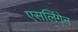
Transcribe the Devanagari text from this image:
एसलिंगेन